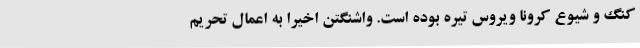
کنگ و شیوع کرونا ویروس تیره بوده است. واشنگتن اخیرا به اعمال تحریم